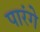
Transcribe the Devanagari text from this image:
पारंगे